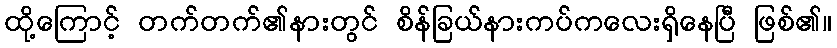
ထို့ကြောင့် တက်တက်၏နားတွင် စိန်ခြယ်နားကပ်ကလေးရှိနေပြီ ဖြစ်၏။